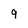
Character: 9